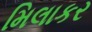
મિલાકર